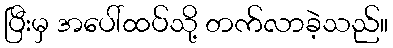
ပြီးမှ အပေါ်ထပ်သို့ တက်လာခဲ့သည်။